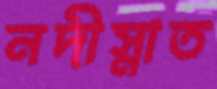
নদীস্নাত